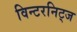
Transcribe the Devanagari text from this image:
विन्टरनिट्ज